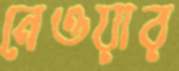
নেওয়ার